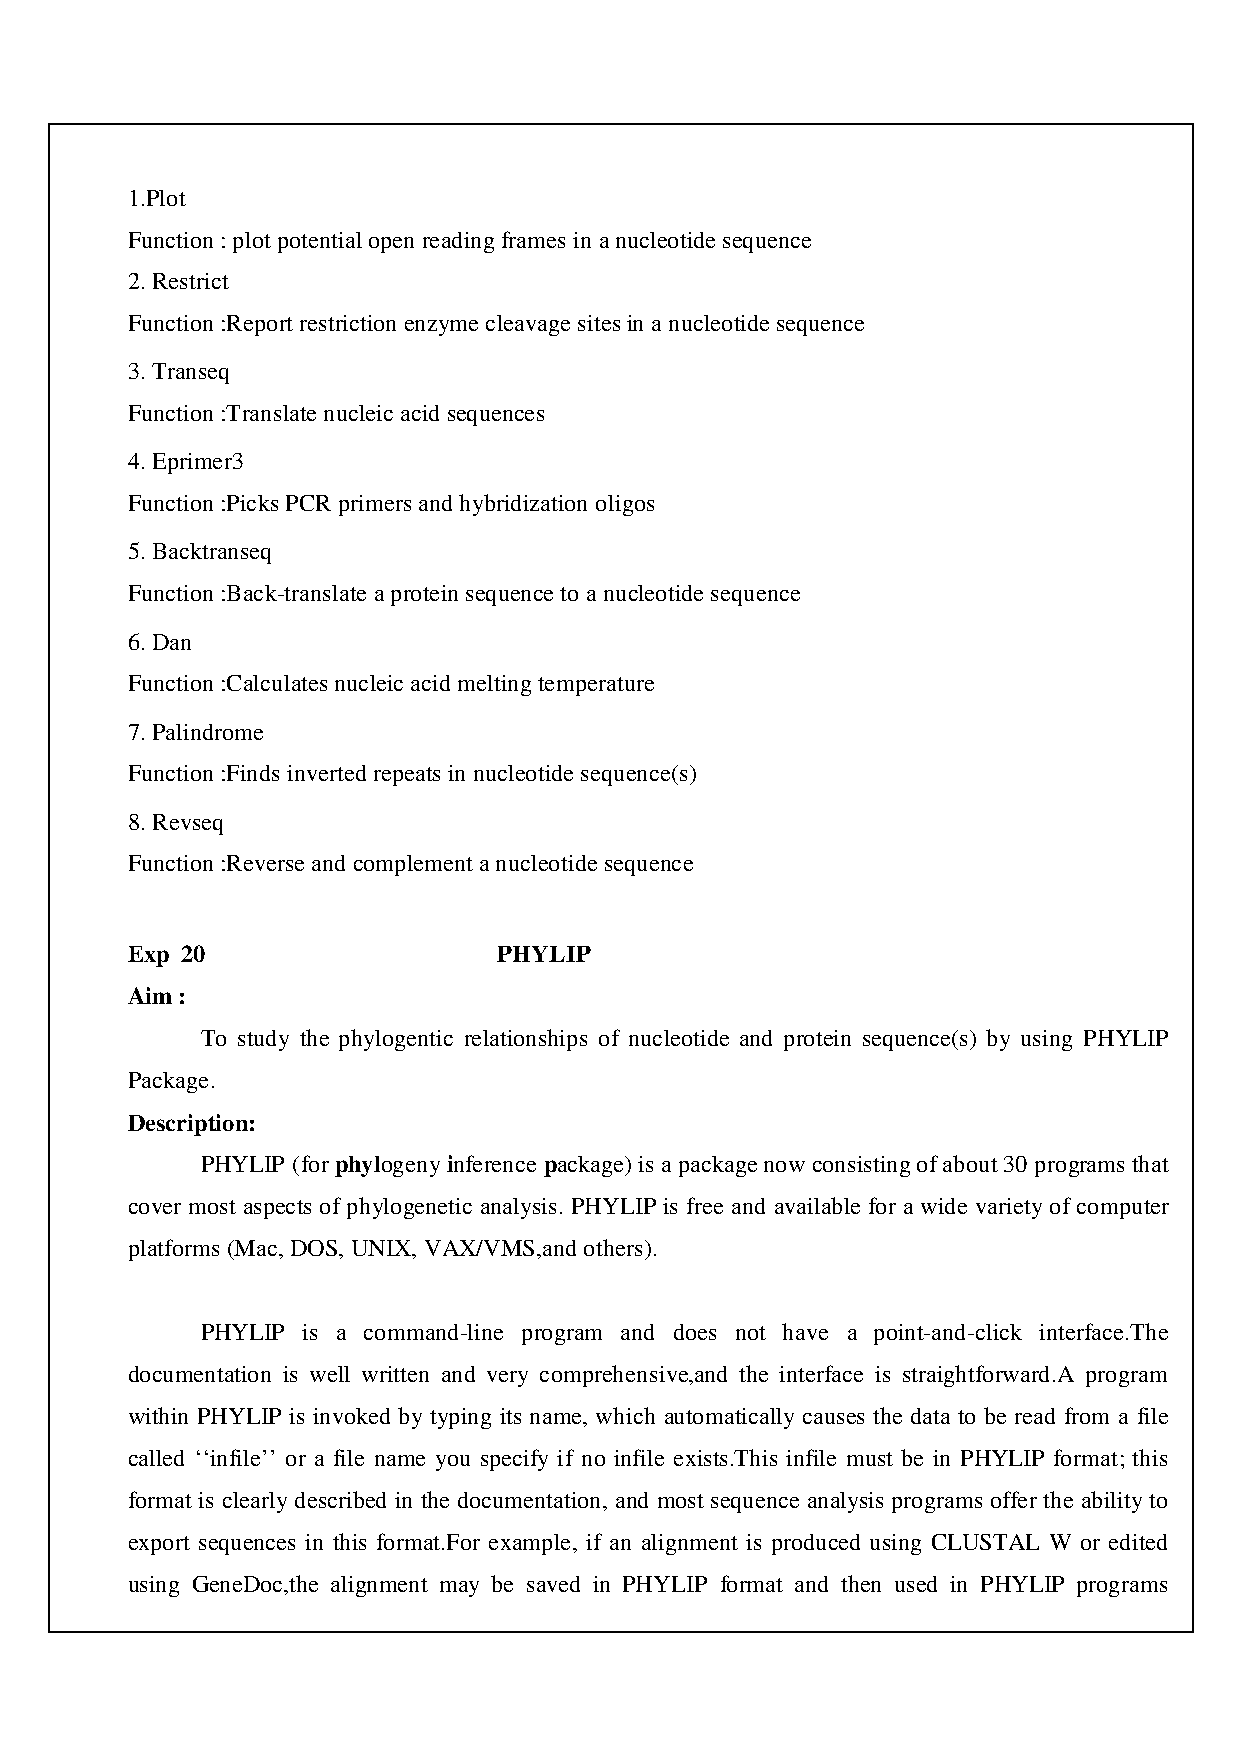
1.Plot
 Function : plot potential open reading frames in a nucleotide sequence
 2. Restrict
 Function :Report restriction enzyme cleavage sites in a nucleotide sequence
 3. Transeq
 Function :Translate nucleic acid sequences
 4. Eprimer3
 Function :Picks PCR primers and hybridization oligos
 5. Backtranseq
 Function :Back-translate a protein sequence to a nucleotide sequence
 6. Dan
 Function :Calculates nucleic acid melting temperature
 7. Palindrome
 Function :Finds inverted repeats in nucleotide sequence(s)
 8. Revseq
 Function :Reverse and complement a nucleotide sequence
 Exp 20                   PHYLIP
 Aim :
 To study the phylogentic relationships of nucleotide and protein sequence(s) by using PHYLIP
 Package.
 Description:
 PHYLIP (for phylogeny inference package) is a package now consisting of about 30 programs that
 cover most aspects of phylogenetic analysis. PHYLIP is free and available for a wide variety of computer
 platforms (Mac, DOS, UNIX, VAX/VMS,and others).
 PHYLIP is a command-line program and does not have a point-and-click interface.The
 documentation is well written and very comprehensive,and the interface is straightforward.A program
 within PHYLIP is invoked by typing its name, which automatically causes the data to be read from a file
 called ‘‘infile’’ or a file name you specify if no infile exists.This infile must be in PHYLIP format; this
 format is clearly described in the documentation, and most sequence analysis programs offer the ability to
 export sequences in this format.For example, if an alignment is produced using CLUSTAL W or edited
 using GeneDoc,the alignment may be saved in PHYLIP format and then used in PHYLIP programs